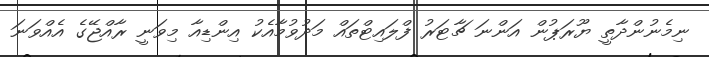
ނިމެނުންދާތީ ޔޫރަޕުން އަންނަ ޗާޓަރު ފްލައިޓްތައް މަދުވުމާއެކު އިންޑިއާ މިވަނީ ރާއްޖޭގެ އެއްވަނަ